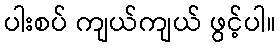
ပါးစပ် ကျယ်ကျယ် ဖွင့်ပါ။